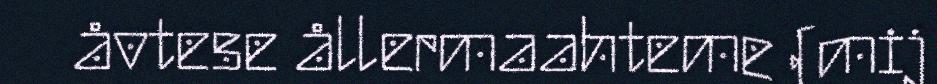
åvtese ållermaahteme (mij